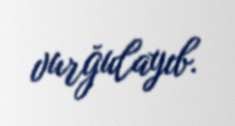
vurğulayıb.